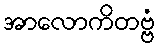
အာလောကိတဗ္ဗံ